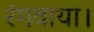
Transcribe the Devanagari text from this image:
रंगवाया।